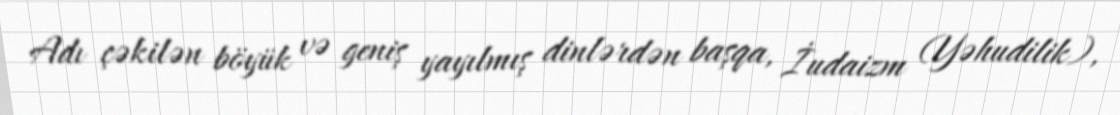
Adı çəkilən böyük və geniş yayılmış dinlərdən başqa, İudaizm (Yəhudilik),